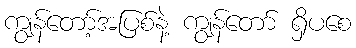
ကျွန်တော့်အပြစ်နဲ့ ကျွန်တော် ရှိပစေ